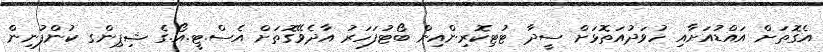
އެގޮތަށް އައްޑުއަށާއި ހުވަދުއަތޮޅަށް ސީދާ ޓުޓިކޮރިންއިން ބޯޓުފަހަރު އާދެވޭގޮތަށް އެސް.ޓީ.އޯ.ގެ ޝިޕިންގ ކުންފުނިން